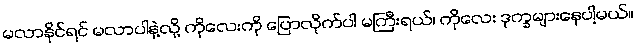
မလာနိုင်ရင် မလာပါနဲ့လို့ ကိုလေးကို ပြောလိုက်ပါ မကြီးရယ်၊ ကိုလေး ဒုက္ခများနေပါ့မယ်။